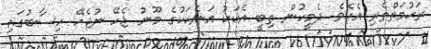
ރަޙުމަތްތެރި އެކެވެ. ދެމީހުން ތިބީ އެކަކު އަނެކަކުގެ މޫނު ޖެހޭ ނުޖެހޭ ހިސާބުގައި